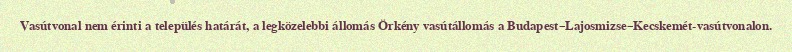
Vasútvonal nem érinti a település határát, a legközelebbi állomás Örkény vasútállomás a Budapest–Lajosmizse–Kecskemét-vasútvonalon.